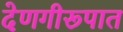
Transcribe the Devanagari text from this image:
देणगीरूपात